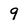
Character: 9